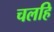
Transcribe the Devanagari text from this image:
चलहि